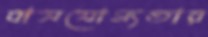
বাসযোগ্যতার